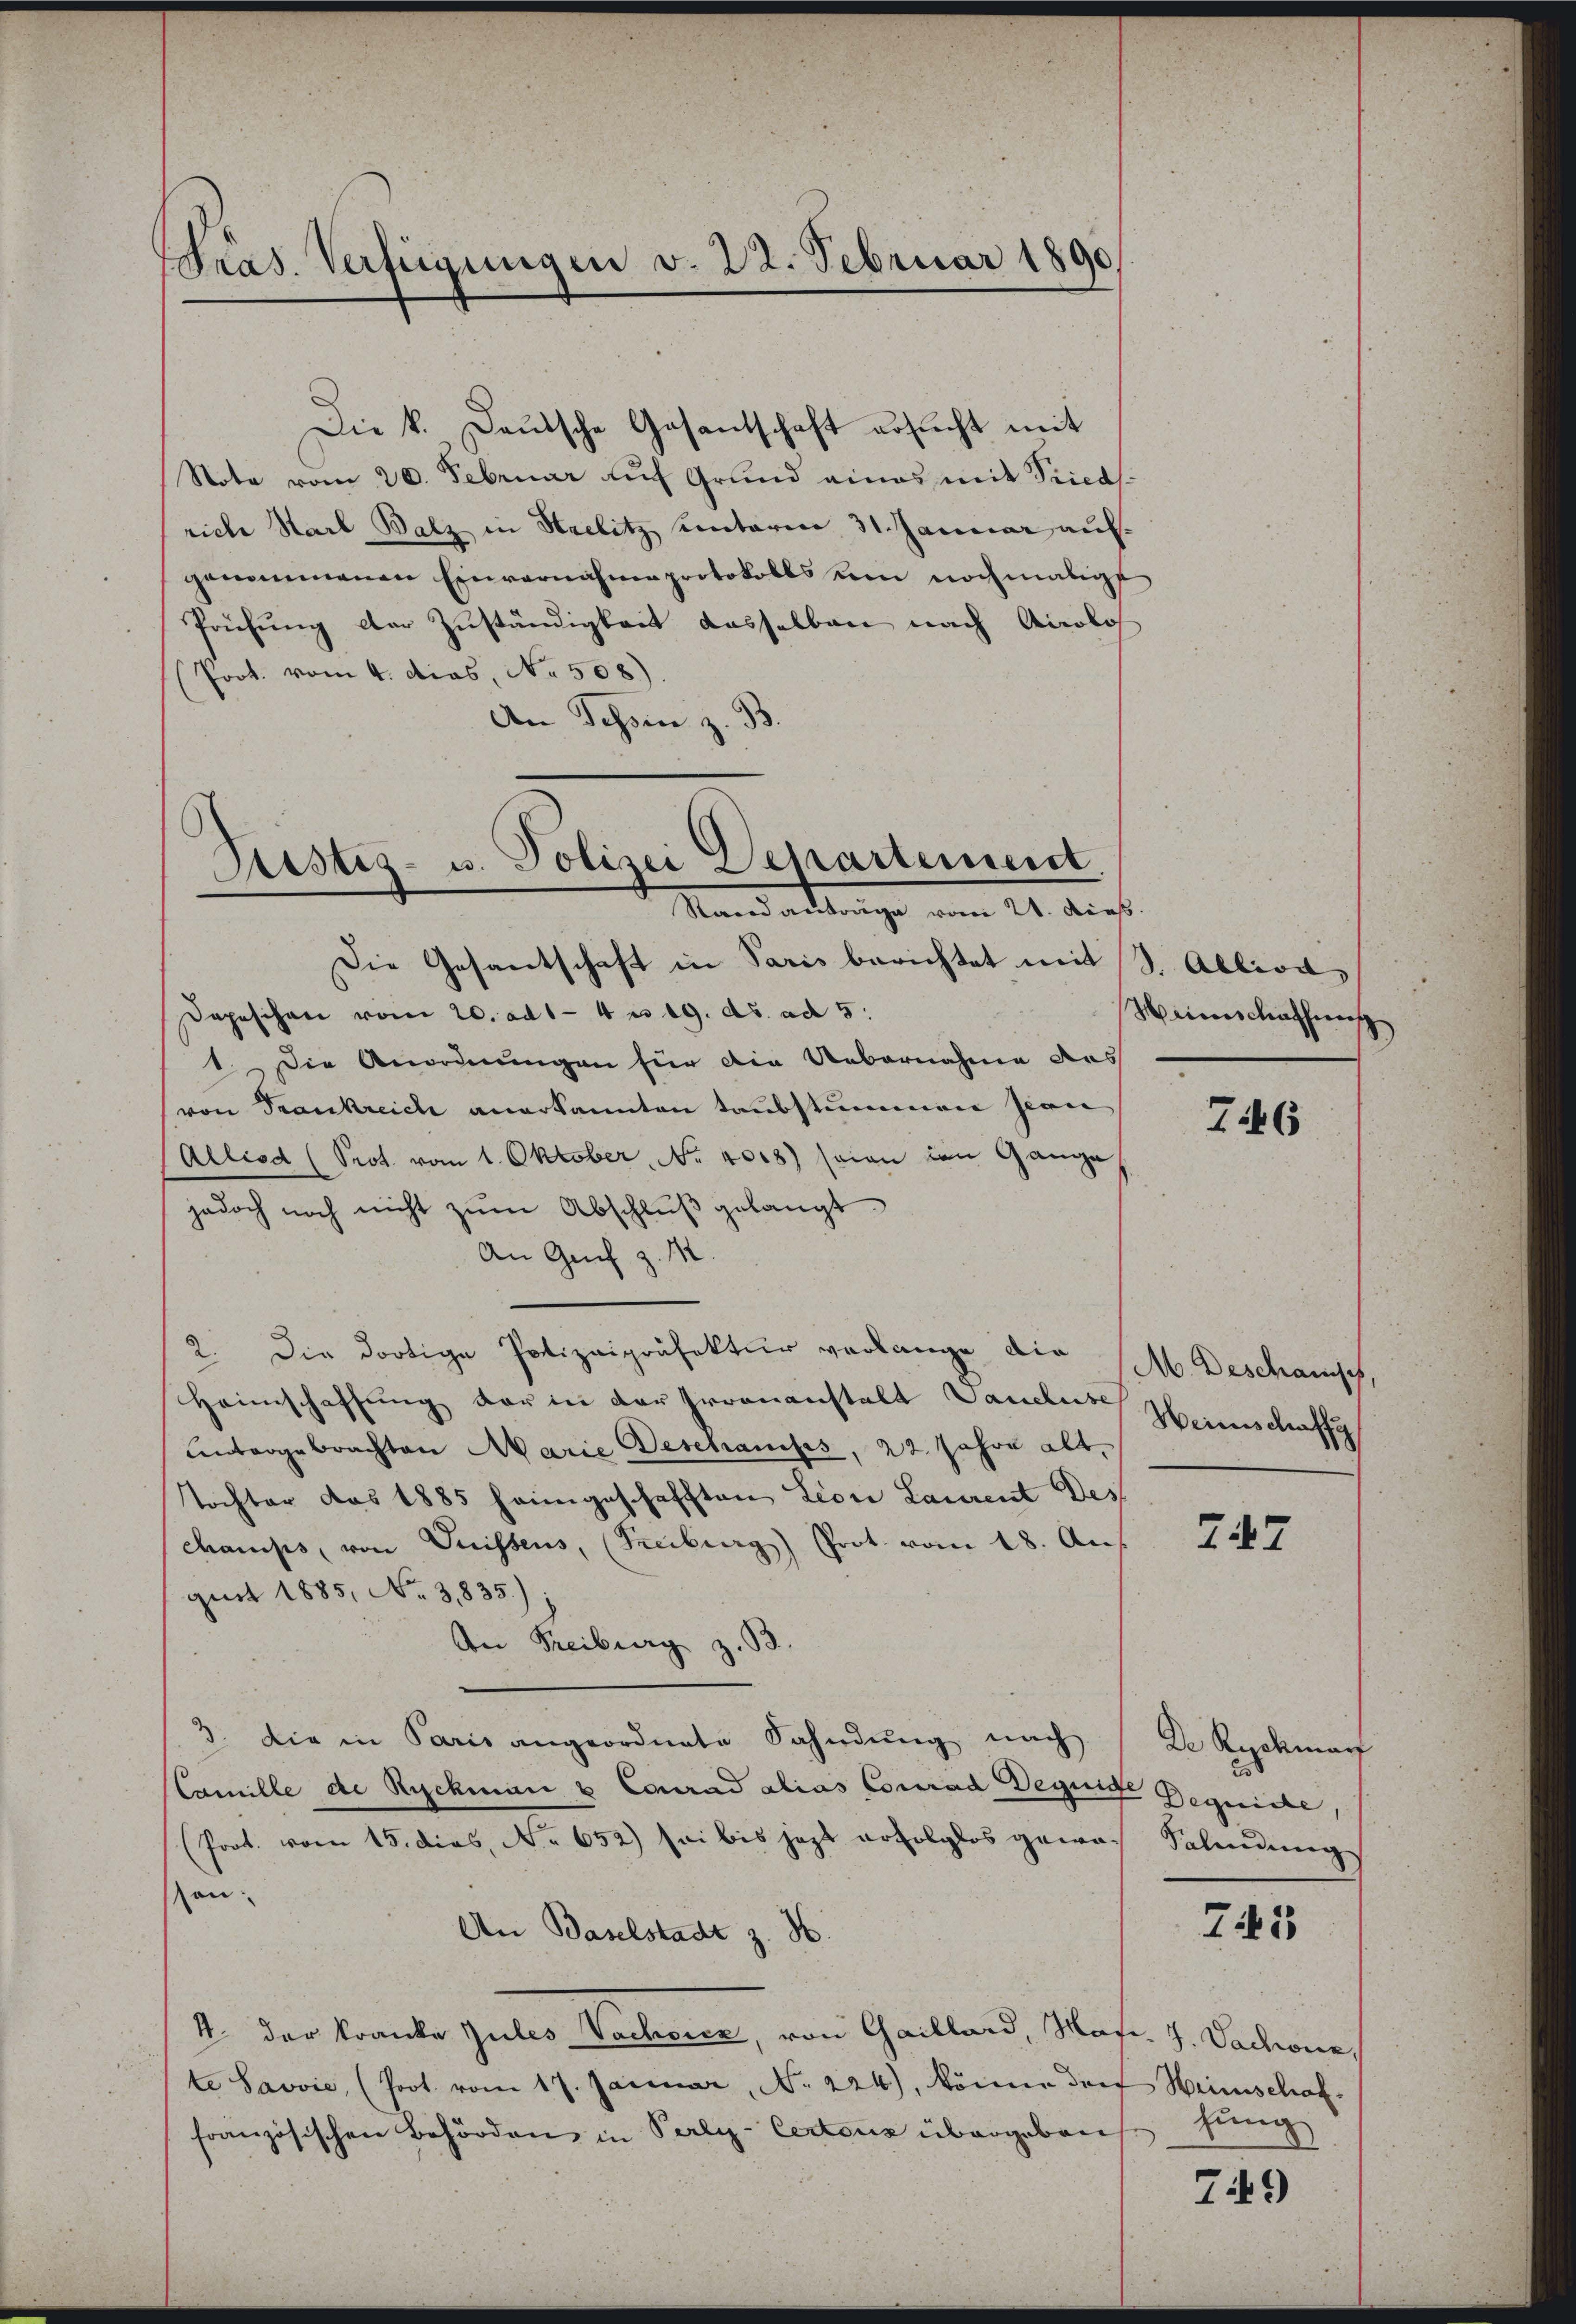
Pras. Verfügungen v. 22. Februar 1890

Note vom 20. Februar auf Grund eines mit Fried
riche Karl Balz in Strelitz sentarie 31. Januar aufgenommenen Einvernahme protokolls ein nochmalige
Prüfung der Zuständigkeit dasselben nach Accolos
(Prot. vom 4. das, No. 508).
An Schon z. B.

Justiz- u. Polizei Departemeist.
Stand antrage vom 20. Art.

Die k. Deutsche Gesantschaft ersucht mit

Die Gesantschaft in Paris berichtet mit 3. Allion,
Depeschen vom 20. ad 1-4 n 19. ds. ad 5:
1. Die Anordnungen für die Uebernahme des
von Frankreich anerkannten Taubstummen sien
Allisd (Prot. vom 1. Oktober, No 1008) seien von Gange
jedoch noch nicht zum Abschluß gelangt
An Genf z. M.
2. Die dortige Polizeipräfektur verlange die
Heimschaffung der in der Irrenanstalt Vandes Heimschaff
untergebrachten Marie Deschauses, 22. Jahre alt.
Tochter das 1885 heimgeschafften Lion Laurent des
champs, von Suissens, (Freiburg) Prot. vom 18. Aus
gust 1885, No. 31835.)
An Freiburg zu
3. Die in Paris angeordnete Fahndŭng nach
Camille de Ryckmann u Conrad alias Conrad Degnige Begeiste,
(Prot. vom 15. dies, No 652) sei bis jezt erfolglos gewean
An Baselstadt z. H
4 der Kranke Zules Nachsicz, von Gaillard, Maf. J. Dachour,
te Savvić, (Prot. vom 17. Januar, No. 224), könne dorf Weinschaffranzösischen Behörden in Perly-Certons übergeben

Weinschafherrs
5)

746

M. Beschanisch,

Zi47

De Rychman
Salindung

75

hung

749)